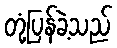
တုံ့ပြန်ခဲ့သည်